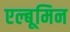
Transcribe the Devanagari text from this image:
एल्बूमिन